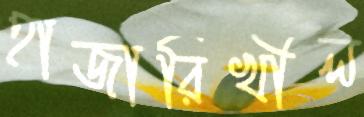
হাজারিখীল